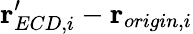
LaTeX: \mathbf{r}_{ECD,i}^{\prime}-\mathbf{r}_{origin,i}